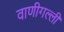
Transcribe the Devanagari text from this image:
वाणीगल्ली